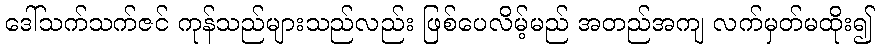
ဒေါ်သက်သက်ဇင် ကုန်သည်များသည်လည်း ဖြစ်ပေလိမ့်မည် အတည်အကျ လက်မှတ်မထိုး၍